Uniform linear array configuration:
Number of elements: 4
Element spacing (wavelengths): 1
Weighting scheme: exponential
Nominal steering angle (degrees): -60
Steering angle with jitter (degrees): -60.547
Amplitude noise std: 0.05
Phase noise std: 0.05

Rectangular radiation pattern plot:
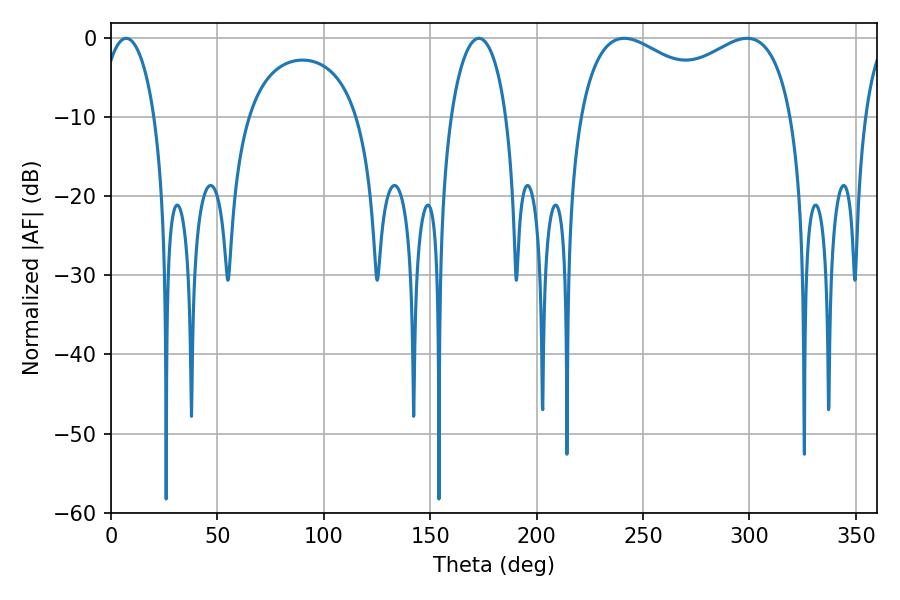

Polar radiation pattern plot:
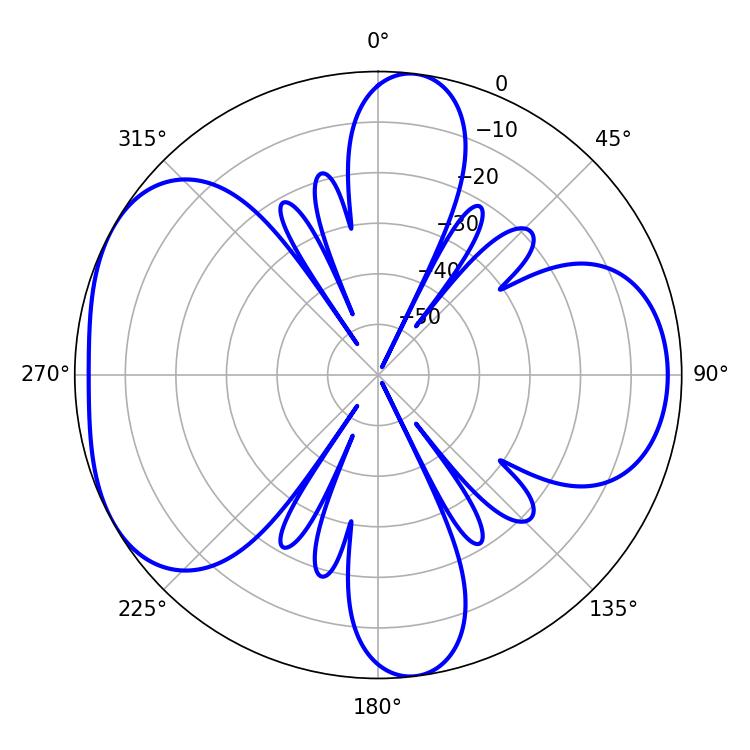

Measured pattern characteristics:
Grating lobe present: TRUE
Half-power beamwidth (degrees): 83.16
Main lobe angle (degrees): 241.2